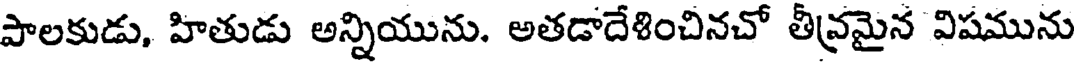
పాలకుడు, హితుడు అన్నియును. అతడాదేశించినచో తీవ్రమైన విషమును